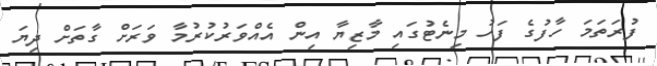
ފުރަތަމަ ހާފުގެ ފަހު މިނެޓުގައި މާޒިޔާ އިން އެއްވަރުކުރުމާ ވަރަށް ގާތަށް ދިޔަ